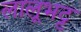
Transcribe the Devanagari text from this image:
लालूभट्ट